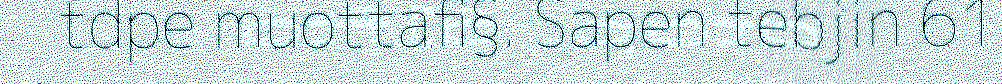
tdpe muottafi§. Sapen tebjin 61